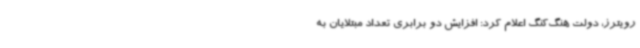
رویترز، دولت هنگ‌کنگ اعلام کرد: افزایش دو برابری تعداد مبتلایان به